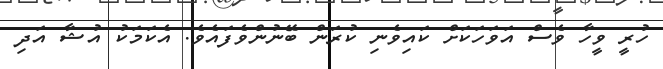
ހުރީ ވީހާ ވެސް އަވަހަކަށް ކައިވެނި ކުރަން ބޭނުންވެފައެވެ. އެކަމަކު އުޝާ އަދި